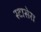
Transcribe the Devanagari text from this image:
स्टासेरा